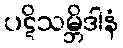
ပဋိသမ္ဘိဒါနံ